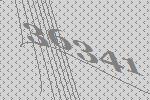
36341